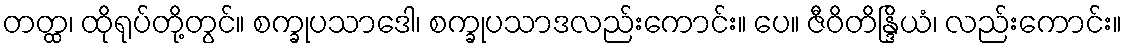
တတ္ထ၊ ထိုရုပ်တို့တွင်။ စက္ခုပသာဒေါ၊ စက္ခုပသာဒလည်းကောင်း။ ပေ။ ဇီဝိတိန္ဒြိယံ၊ လည်းကောင်း။